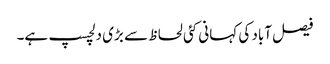
فیصل آباد کی کہانی کئی لحاظ سے بڑی دلچسپ ہے۔